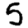
Digit: 5